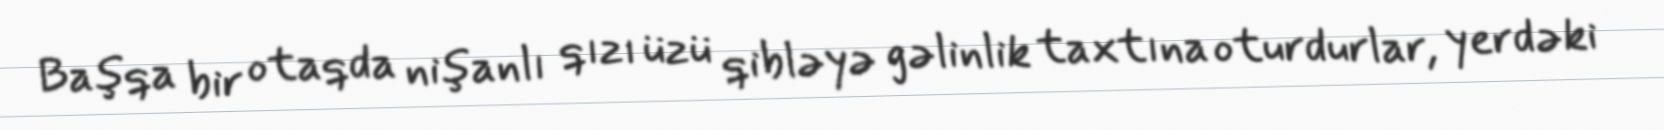
Başqa bir otaqda nişanlı qızı üzü qibləyə gəlinlik taxtına oturdurlar, yerdəki